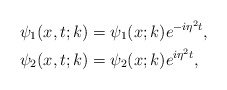
\begin{align*}&\psi_1(x,t;k)=\psi_1(x;k) e^{-i \eta^2 t},\\&\psi_2(x,t;k)=\psi_2(x;k) e^{i \eta^2 t},\end{align*}